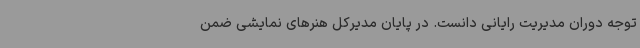
توجه دوران مدیریت رایانی دانست. در پایان مدیرکل هنرهای نمایشی ضمن